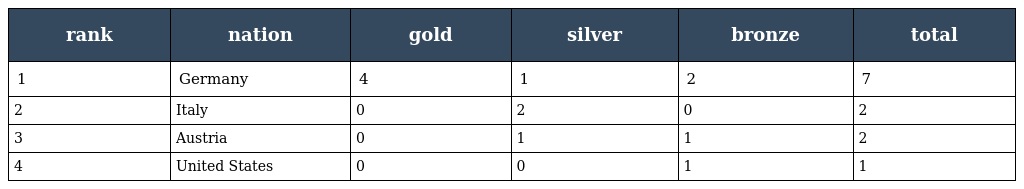
| rank | nation | gold | silver | bronze | total |
 | --- | --- | --- | --- | --- | --- |
 | 1 | Germany | 4 | 1 | 2 | 7 |
 | 2 | Italy | 0 | 2 | 0 | 2 |
 | 3 | Austria | 0 | 1 | 1 | 2 |
 | 4 | United States | 0 | 0 | 1 | 1 |